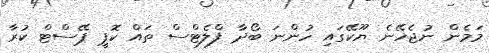
މަމެން ނުޖެހޭނެ ޔޫކޭގައި ހުންނަ ބޯދާ ފްލެޓްސް ތައް ކޮޕީ ޕޭސްޓް ކުރާ